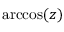
\operatorname { a r c c o s } ( z )